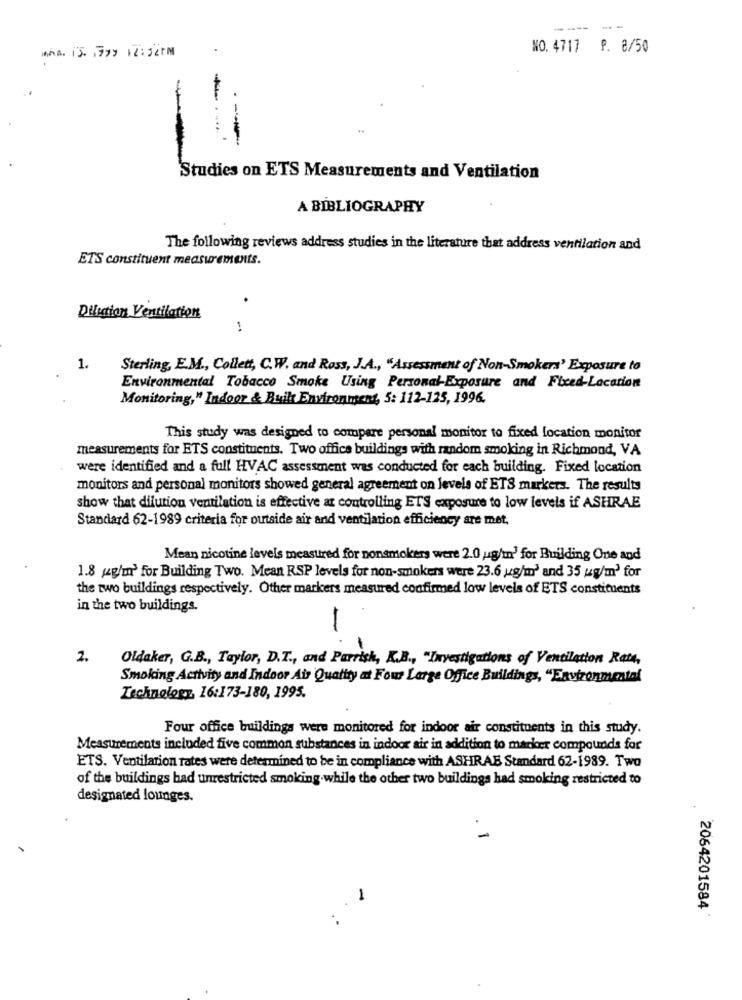
----
--
MAA. 13. 779 12:32PM
NO.4717 9. 8/50
-
'Studies on ETS Measurements and Ventilation
A BIBLIOGRAPHY
The following reviews address studies in the literature that address ventilation and
ETS constituent measurements.
.
Dilution Ventilation
1
1.
Sterling, E.M ., Collett, C.W. and Ross, J.A ., "Assessment of Non-Smokers' Exposure to
Environmental Tobacco Smoke Using Personal-Exposure and Fixed-Location
Monitoring," Indoor & Built Environment, 5: 112-125, 1996.
This study was designed to compere personal monitor to fixed location monitor
measurements for ETS constituents. Two office buildings with random smoking in Richmond, VA
were identified and a full HVAC assessment was conducted for each building. Fixed location
monitors and personal monitors showed general agreement on levels of ETS markers. The results
show that dilution ventilation is effective at controlling ETS exposure to low levels if ASHRAE
Standard 62-1989 criteria for outside air and ventilation efficiency are met,
Mean nicotine levels measured for nonsmokers were 2.0 ug/m' for Building One and
1.8 4g/m3 for Building Two. Mean RSP levels for non-smokers were 23.6 g/m' and 35 ug/m' for
the two buildings respectively. Other markers measured confirmed low levels of ETS constituents
in the two buildings.
2.
Oldaker, G.B ., Taylor, D.T ., and Parrish, K.B ., "Investigations of Ventilation Rand,
Smoking Activity and Indoor Air Quality at Four Large Office Buildings, "Environmental
Technology, 16:173-180, 1995.
Four office buildings were monitored for indoor air constituents in this study.
Measurements included five common substances in indoor air in addition to marker compounds for
ETS. Ventilation rates were determined to be in compliance with ASHRAB Standard 62-1989. Two
of the buildings had unrestricted smoking.while the other two buildings had smoking restricted to
designated lounges.
-
1
2064201584